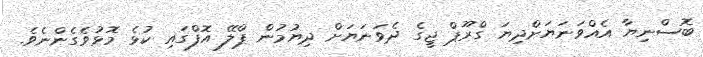
ބޮސްނިޔާ އެއްވަނަޔަށްދިޔަ ގްރޫޕް ޖީގެ ދެވަނަޔަށް ދިޔުމުން ޕްލޭ އޮފްގައި ކުޅެ މޮޅުވެގެންނެވެ.